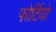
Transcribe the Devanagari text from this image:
फोर्टियो